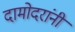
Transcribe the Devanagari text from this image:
दामोदरांनी